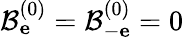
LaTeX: \mathcal{B}_{\mathbf e}^{(0)}=\mathcal{B}_{-\mathbf e}^{(0)}=0